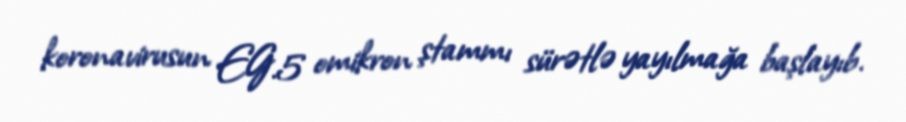
koronavirusun EG.5 omikron ştammı sürətlə yayılmağa başlayıb.